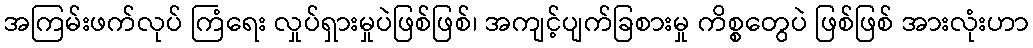
အကြမ်းဖက်လုပ် ကြံရေး လှုပ်ရှားမှုပဲဖြစ်ဖြစ်၊ အကျင့်ပျက်ခြစားမှု ကိစ္စတွေပဲ ဖြစ်ဖြစ် အားလုံးဟာ